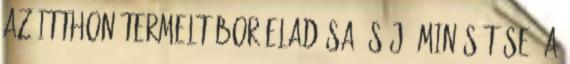
az itthon termelt bor eladása és jó minősítése. A